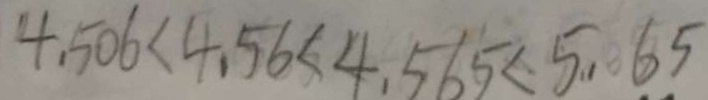
4 . 5 0 6 < 4 . 5 6 < 4 . 5 6 5 < 5 . 6 5